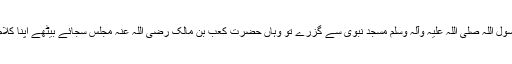
کہ ایک مرتبہ رسول اللہ صلی اللہ علیہ وآلہ وسلم مسجد نبوی سے گزرے تو وہاں حضرت کعب بن مالک رضی اللہ عنہ مجلس سجائے بیٹھے اپنا کلام پڑھ رہے تھے۔